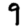
Digit: 9